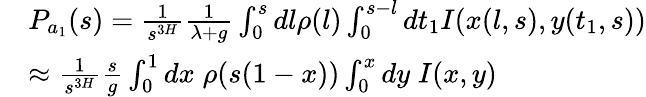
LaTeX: \begin{array}{rl}&{P_{a_{1}}(s)=\frac{1}{s^{3H}}\frac{1}{\lambda+g}\int_{0}^{s}dl\rho(l)\int_{0}^{s-l}dt_{1}I(x(l,s),y(t_{1},s))}\\ &{\approx\frac{1}{s^{3H}}\frac{s}{g}\int_{0}^{1}dx\; \rho(s(1-x))\int_{0}^{x}dy\; I(x,y)}\end{array}